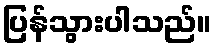
ပြန်သွားပါသည်။